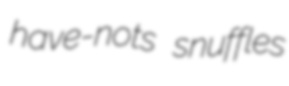
have-nots snuffles